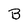
Character: B